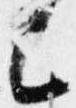
已